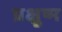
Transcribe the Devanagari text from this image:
प्रक्षुष्म